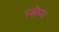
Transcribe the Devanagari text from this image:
प्सेप्प